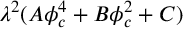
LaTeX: \lambda ^ { 2 } ( A \phi _ { c } ^ { 4 } + B \phi _ { c } ^ { 2 } + C )